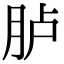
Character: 胪